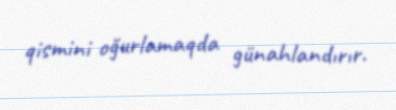
qismini oğurlamaqda günahlandırır.